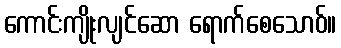
ကောင်းကျိုးလျင်ဆော ရောက်စေသောဝ်။